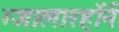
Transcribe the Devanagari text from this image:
ग्जालारहॉर्न